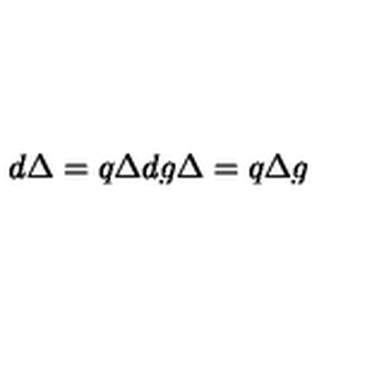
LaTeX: d \Delta = q \Delta d g \Delta = q \Delta g